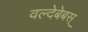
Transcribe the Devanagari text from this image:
वल्देबेबस्